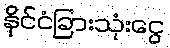
နိုင်ငံခြားသုံးငွေ